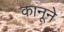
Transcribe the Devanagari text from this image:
कानूने